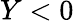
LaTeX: Y<0